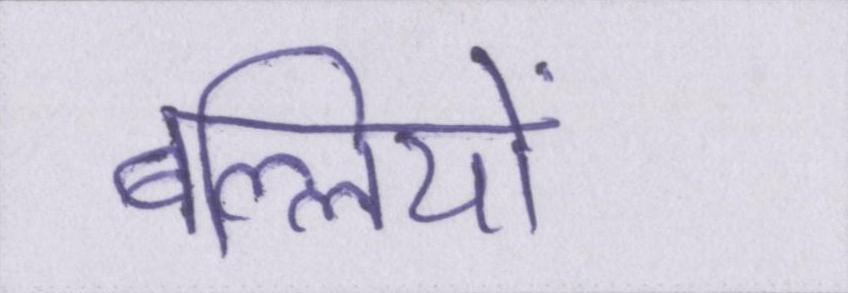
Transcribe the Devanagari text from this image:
बल्लियों